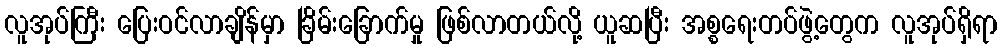
လူအုပ်ကြီး ပြေးဝင်လာချိန်မှာ ခြိမ်းခြောက်မှု ဖြစ်လာတယ်လို့ ယူဆပြီး အစ္စရေးတပ်ဖွဲ့တွေက လူအုပ်ရှိရာ